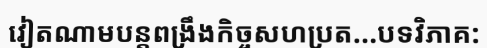
វៀតណាមបន្តពង្រឹងកិច្ចសហប្រត...បទវិភាគ: